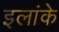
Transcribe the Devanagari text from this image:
इलांके